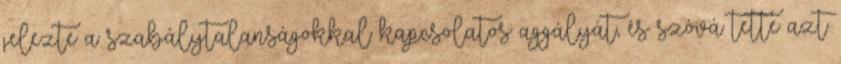
jelezte a szabálytalanságokkal kapcsolatos aggályát, és szóvá tette azt